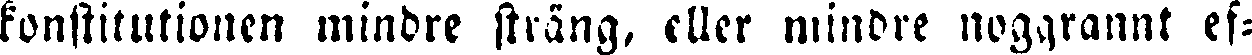
konstitutionen mindre sträng, eller mindre noggrannt ef-